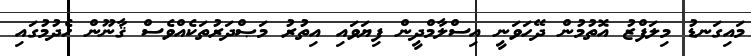
މައިގަނޑު މިލަފްޒު އޮތުމުން ދޭހަވަނީ އިސްލާމްދީން ފިޔަވައި އިތުރު މަޞްދަރުތަކެއްވެސް ޤާނޫން ހެދުމުގައި